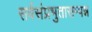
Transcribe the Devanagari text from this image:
सर्वसंप्रभुतासम्पन्न